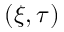
( \xi , \tau )